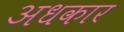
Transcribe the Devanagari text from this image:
अधकार